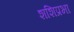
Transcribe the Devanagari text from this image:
शशिप्रभा